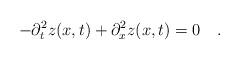
LaTeX: \begin{align*}-\partial_t^2 z(x,t) + \partial_x^2 z(x,t) = 0 \quad.\end{align*}